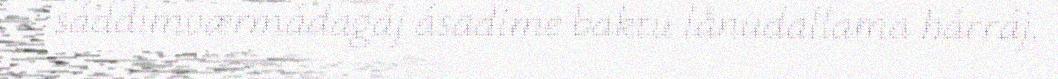
sáddimværmádagáj ásadime baktu lånudallama hárráj.